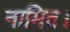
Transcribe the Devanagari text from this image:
नामित।